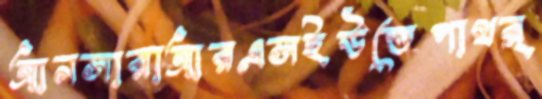
আনসারাআরএসইউতেপাথর্